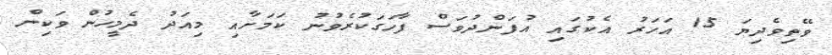
ވޭތިވެދިޔަ 15 އަހަރު އެކުގައި އުފަންދުވަސް ފާހަގަކުރެވުނު ކަމަށާއި މިއަދު ދެމީހުން ވަކިން